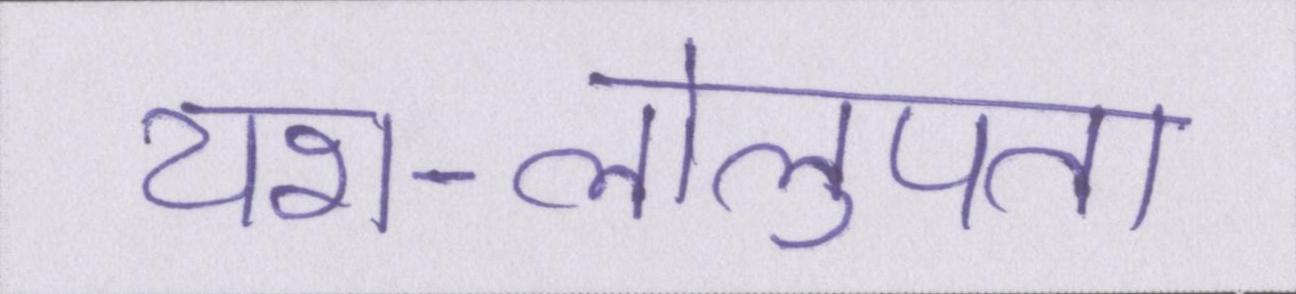
यश-लोलुपता